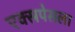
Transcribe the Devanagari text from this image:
एक्स्रपेसला